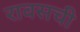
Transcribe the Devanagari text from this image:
रावसची